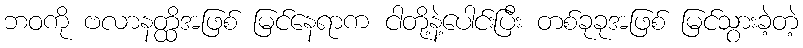
ဘဝကို ဗလာနတ္ထိအဖြစ် မြင်နေရာက ငါတို့နဲ့ပေါင်းပြီး တစ်ခုခုအဖြစ် မြင်သွားခဲ့တဲ့